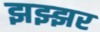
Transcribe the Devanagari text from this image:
झझ्झर